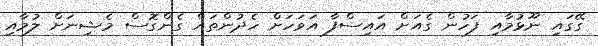
ގޭގައި ނޫޅުމާއި ފަހުން ގެއަށް އައިސްފާ އަވަހަށް ހެދުންތައް ގެންގޮސް މެޝިނަށް ލުމާއި